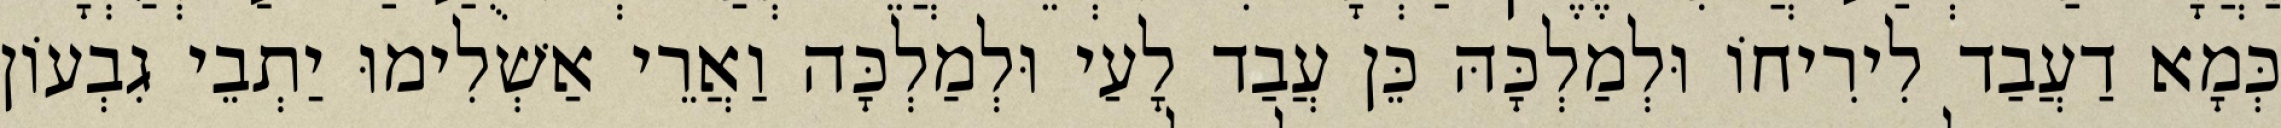
כְּמָא דַעֲבַד לִירִיחוֹ וּלְמַלְכָּהּ כֵּן עֲבַד לָעַי וּלְמַלְכָּה וַאֲרֵי אַשְׁלִימוּ יַתְבֵי גִבְעוֹן